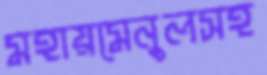
মহায়মেনুলসহ